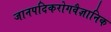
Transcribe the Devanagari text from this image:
जानपदिकरोगवैज्ञानिक